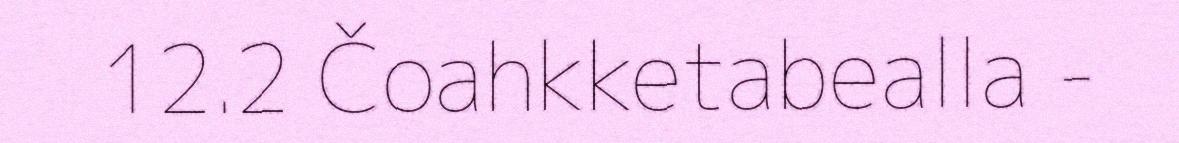
12.2 Čoahkketabealla -